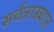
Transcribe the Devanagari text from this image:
सर्वत्राख्यात